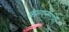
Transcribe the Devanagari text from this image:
कल्पनाराणी